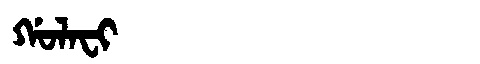
Manchu: ᡤᠣᠯᠠᠸᡳ
Romanization: GOLAFI